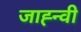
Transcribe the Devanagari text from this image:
जाह्न्वी